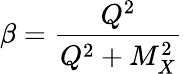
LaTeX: \beta={\frac{Q^{2}}{Q^{2}+M_{X}^{2}}}